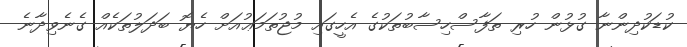
ކުޑަކުދިންނާ ގުޅުން ހުރި ތަފާސްހިސާބުތަކުގެ އެހީގައި މުޖުތަމަޢުއަށް ހެޔޮ ބަދަލުތަކެއް ގެނެވިދާނެ